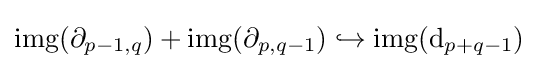
\operatorname {img} (\partial _{p-1,q})+\operatorname {img} (\partial _{p,q-1})\hookrightarrow \operatorname {img} (\mathrm {d} _{p+q-1})